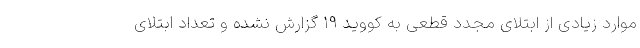
موارد زیادی از ابتلای مجدد قطعی به کووید ۱۹ گزارش نشده و تعداد ابتلای